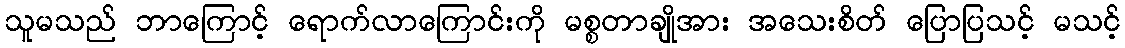
သူမသည် ဘာကြောင့် ရောက်လာကြောင်းကို မစ္စတာချိုအား အသေးစိတ် ပြောပြသင့် မသင့်